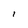
Character: i